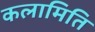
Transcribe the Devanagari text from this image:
कलामिति